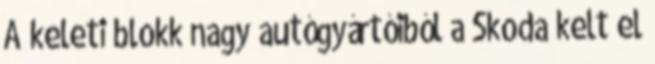
A keleti blokk nagy autógyártóiból a Skoda kelt el